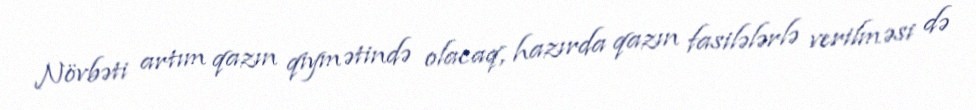
Növbəti artım qazın qiymətində olacaq, hazırda qazın fasilələrlə verilməsi də